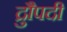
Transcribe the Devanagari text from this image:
द्रुौपदी